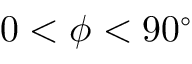
0 < \phi < 9 0 ^ { \circ }